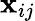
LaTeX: \mathbf{x}_{ij}